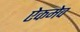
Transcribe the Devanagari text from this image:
ऐकमेव